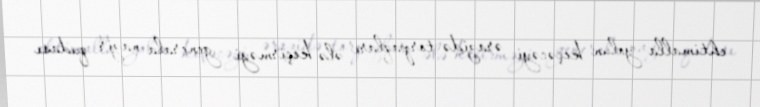
ehtimalla yolun keçəcəyi ərazidə torpaqları ələ keçirməyi generala nazir qudası